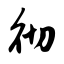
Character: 彻